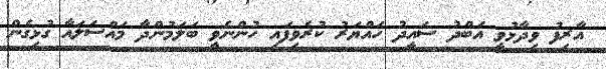
އާރިފު ވިދާޅުވީ އަބްދު ސައީދު ހައްޔަރު ކުރެވިފައި ހުންނެވީ ބަލަމުންދާ މައްސަލައާ ގުޅިގެން